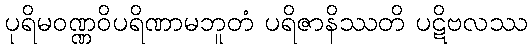
ပုရိမဝဏ္ဏဝိပရိဏာမဘူတံ ပရိဇာနိဿတိ ပဋိဗလဿ